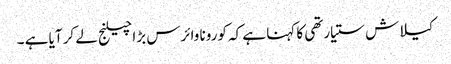
کیلاش ستیارتھی کا کہنا ہے کہ کورونا وائرس بڑا چیلنج لے کر آیا ہے ۔